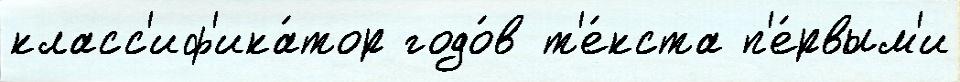
класс'иф'ика́тор годо́в т'е́кста п'е́рвым'и